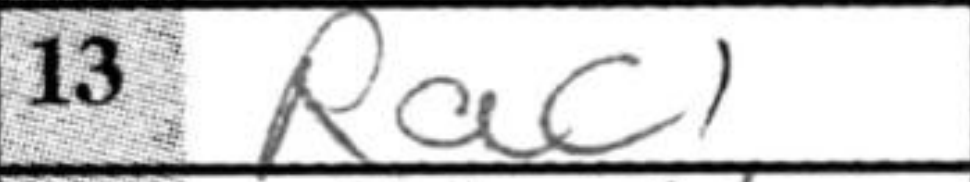
Transcription: Rac1